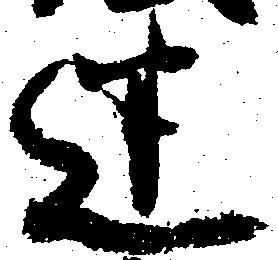
迷